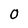
Character: O